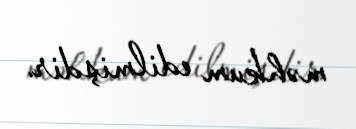
məhkum edilmişdir.